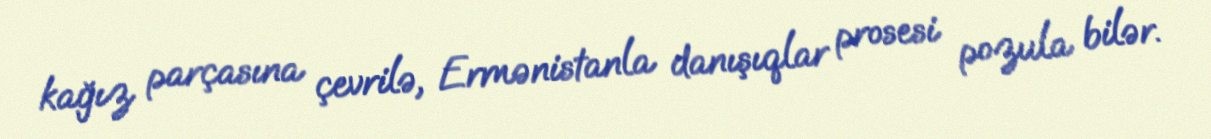
kağız parçasına çevrilə, Ermənistanla danışıqlar prosesi pozula bilər.